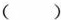
()